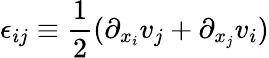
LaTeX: \epsilon_{ij}\equiv{\frac{1}{2}}(\partial_{x_{i}}v_{j}+\partial_{x_{j}}v_{i})